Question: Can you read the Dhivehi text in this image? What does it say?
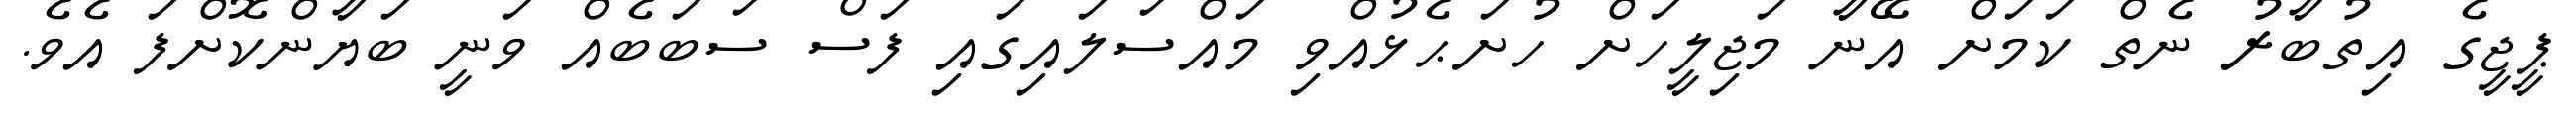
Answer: ޕީޖީގެ އިތުބާރު ނެތް ކަމަށް އޭނާ މަޖިލީހަށް ހުށަޙެޅުއްވި މައްސަލައިގައި ފަސް ސަބަބެއް ވަނީ ބަޔާންކޮށްފަ އެވެ.